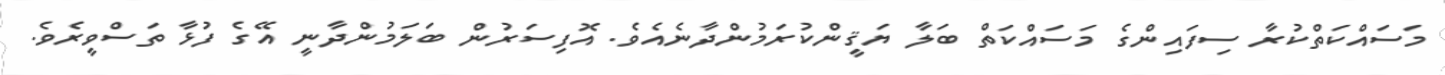
މަސައްކަތްކުރާ ސިފައިންގެ މަސައްކަތް ބަލާ ޔަޤީންކުރަމުންދާނެއެވެ. އޮފިސަރުން ބަލަމުންދާނީ އޭގެ ފުޅާ ތަސްވީރެވެ.